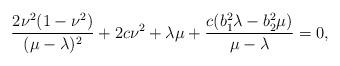
LaTeX: \begin{align*}\displaystyle\frac{2\nu^{2}(1-\nu^{2})}{(\mu-\lambda)^{2}}+2c\nu^{2}+\lambda\mu+\displaystyle\frac{c(b_{1}^{2}\lambda-b_{2}^{2}\mu)}{\mu-\lambda}=0,\end{align*}